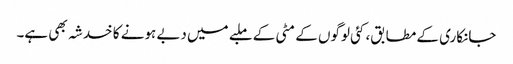
جانکاری کے مطابق، کئی لوگوں کے مٹی کے ملبے میں دبے ہونے کا خدشہ بھی ہے۔